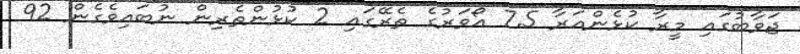
ޖަވާބުގައި މީރާ ކުޅެންއަރާ 7.5 އޯވަރުގެ ތެރޭގައި 2 ކުޅުންތެރިން ނުބައިވެގެން 92